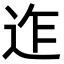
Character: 迮